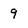
Character: 9